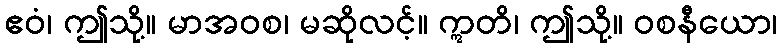
ဧဝံ၊ ဤသို့။ မာအဝစ၊ မဆိုလင့်။ ဣတိ၊ ဤသို့။ ဝစနီယော၊